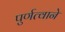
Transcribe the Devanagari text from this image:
पुर्णत्वाने